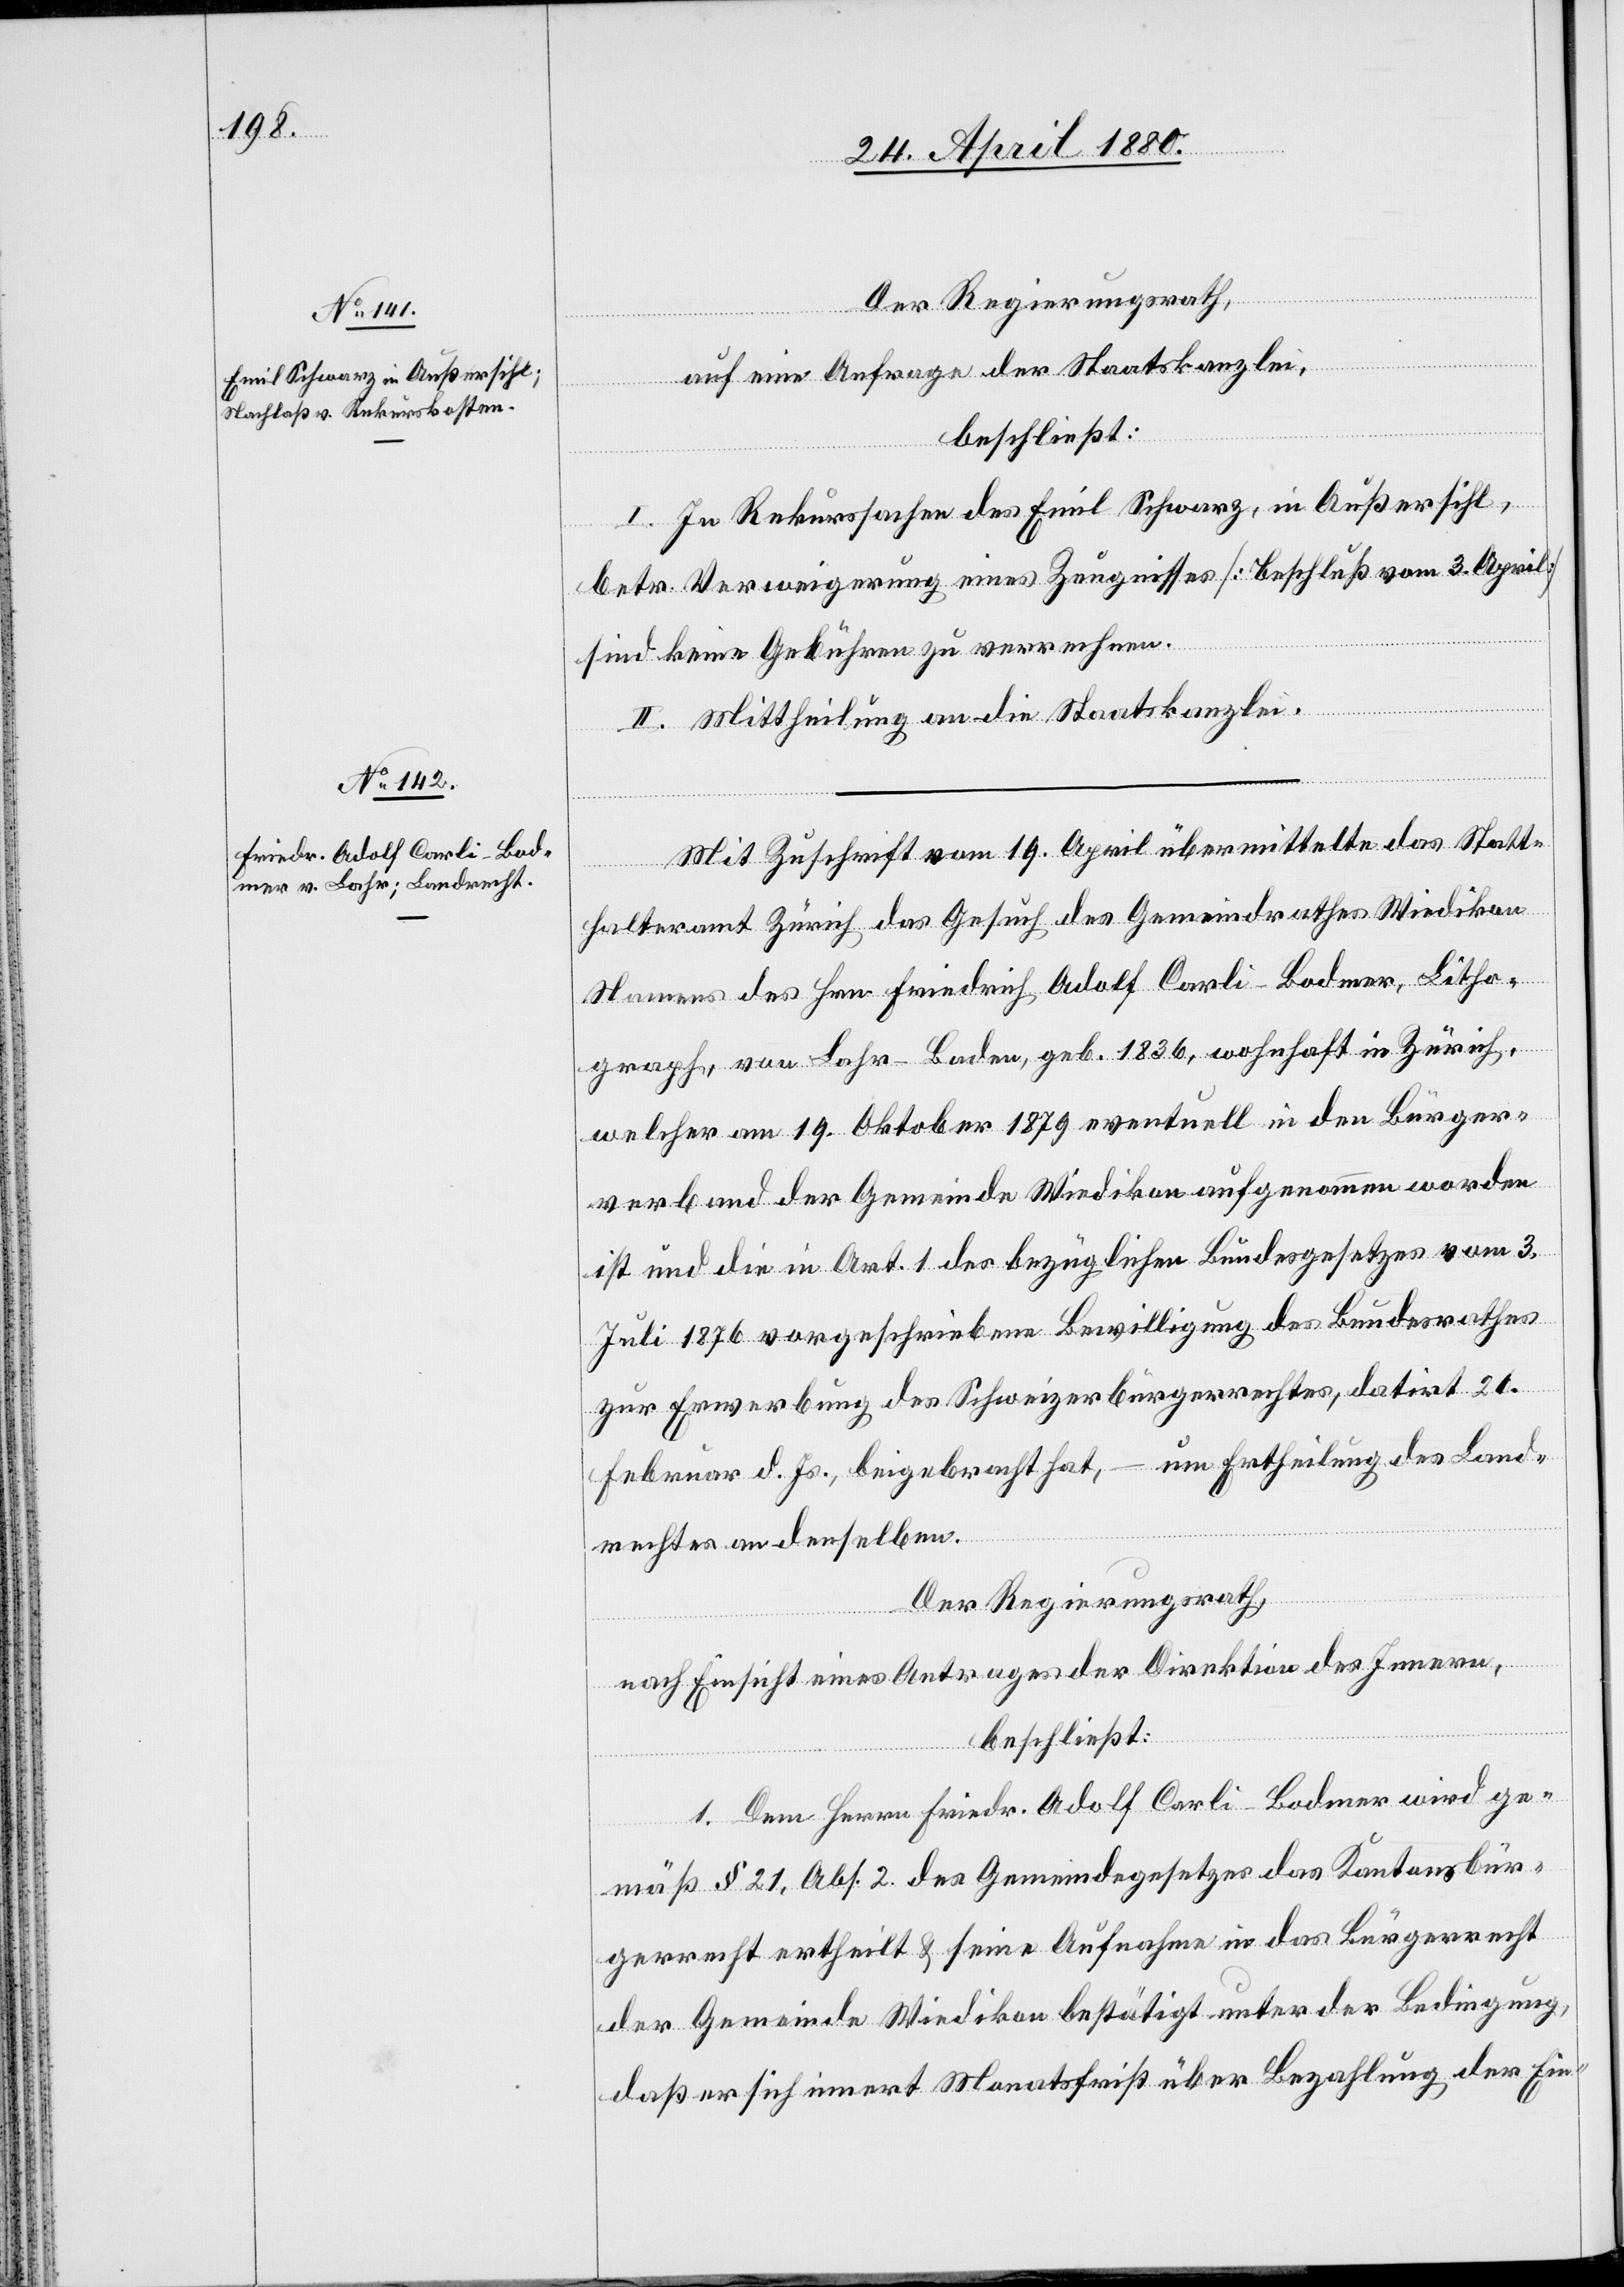
Der Regierungsrath,
auf eine Anfrage der Staatskanzlei,
beschließt:
I. In Rekurssachen des Emil Schwarz, in Außersihl,
–
betr. Verweigerung eines Zeugnisses [Beschluß vom 3. April]
sind keine Gebühren zu verrechnen.
II. Mittheilung an die Staatskanzlei.
Mit Zuschrift vom 19. April übermittelte das Statt¬
halteramt Zürich das Gesuch des Gemeindrathes Wiedikon
Namens des Hrn. Friedrich Adolf Carli-Bodmer, Litho¬
graph, von Bahr - Baden, geb. 1836, wohnhaft in Zürich,
welcher am 19. Oktober 1879 eventuell in den Bürger¬
verband der Gemeinde Wiedikon aufgenommen worden
ist und die in Art. 1 des bezüglichen Bundesgesetzes vom 3.
Juli 1876 vorgeschriebene Bewilligung des Bundesrathes
zur Erwerbung des Schweizerbürgerrechtes, datirt 26.
um Ertheilung des Land¬
Februar d. Js., beigebracht hat,
rechtes an denselben.
Der Regierungsrath,
nach Einsicht eines Antrages der Direktion des Innern,
beschließ:
1. Dem Herrn Friedr. Adolf Carli-Bodmer wird ge¬
mäß § 21. Abs. 2 des Gemeindegesetzes das Kantonsbür¬
gerrecht ertheilt & seine Aufnahme in das Bürgerrecht
der Gemeinde Wiedikon bestätigt unter der Bedingung,
daß er sich innert Monatsfrist über Bezahlung der Ein-